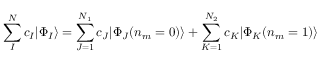
\sum _ { I } ^ { N } c _ { I } | \Phi _ { I } \rangle = \sum _ { J = 1 } ^ { N _ { 1 } } c _ { J } | \Phi _ { J } ( n _ { m } = 0 ) \rangle + \sum _ { K = 1 } ^ { N _ { 2 } } c _ { K } | \Phi _ { K } ( n _ { m } = 1 ) \rangle